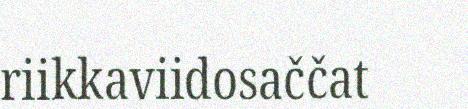
riikkaviidosaččat